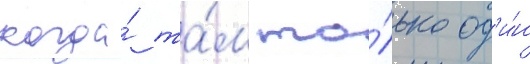
когда́ та́м то́лько од'и́н